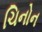
ચિનોન